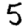
Digit: 5